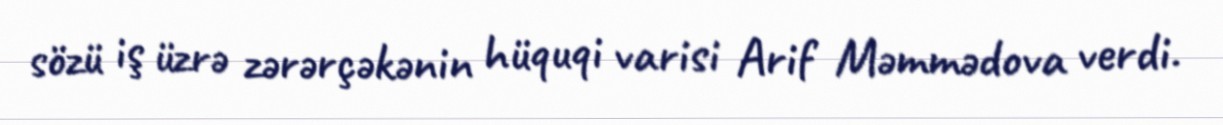
sözü iş üzrə zərərçəkənin hüquqi varisi Arif Məmmədova verdi.